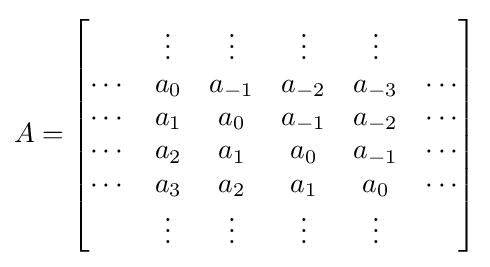
A={\begin{bmatrix}&\vdots &\vdots &\vdots &\vdots \\\cdots &a_{0}&a_{-1}&a_{-2}&a_{-3}&\cdots \\\cdots &a_{1}&a_{0}&a_{-1}&a_{-2}&\cdots \\\cdots &a_{2}&a_{1}&a_{0}&a_{-1}&\cdots \\\cdots &a_{3}&a_{2}&a_{1}&a_{0}&\cdots \\&\vdots &\vdots &\vdots &\vdots \end{bmatrix}}